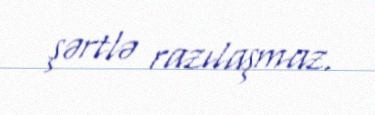
şərtlə razılaşmaz.